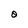
Character: O